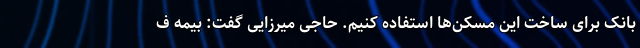
بانک برای ساخت این مسکن‌ها استفاده کنیم. حاجی میرزایی گفت: بیمه ف